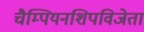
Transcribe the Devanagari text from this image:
चैम्पियनशिपविजेता